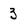
Character: 3